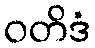
ဝတိဒံ